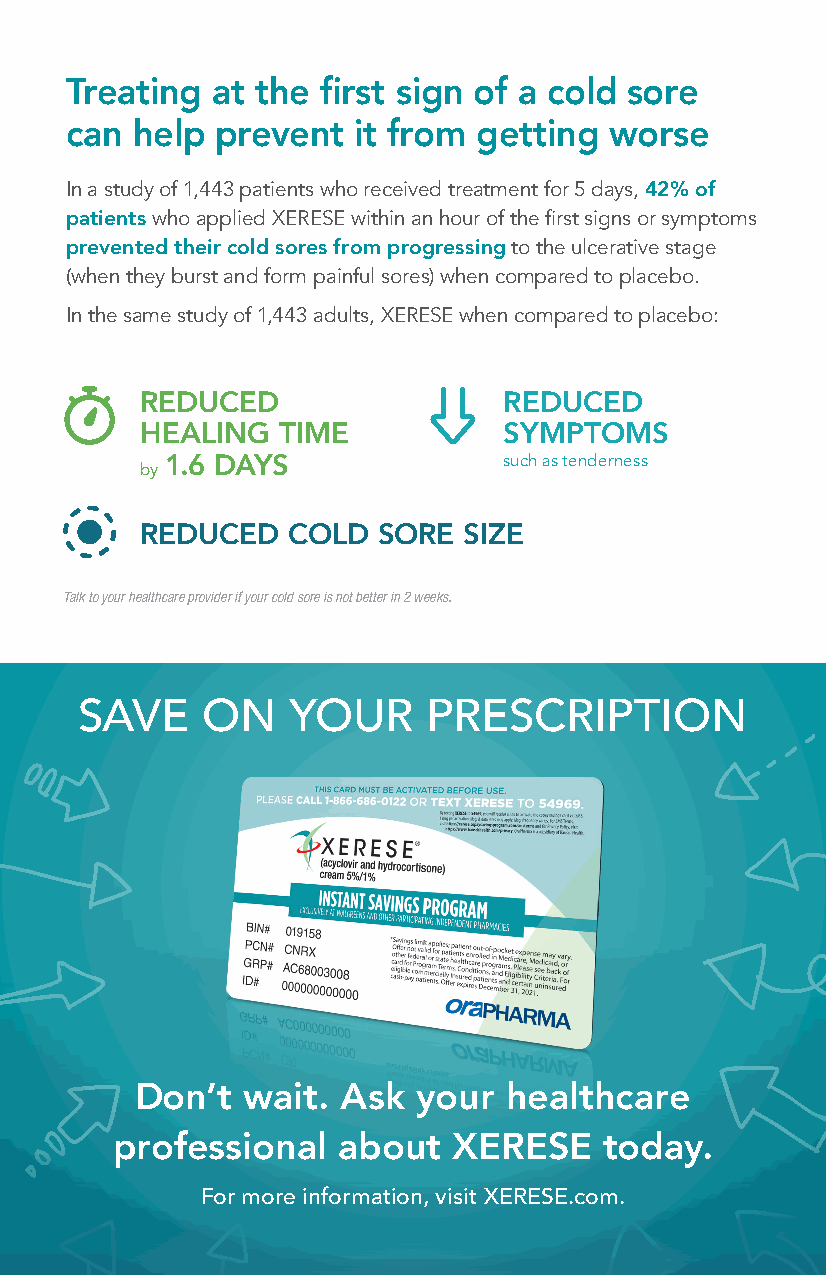
Treating  at the first sign of a cold sore
 can  help prevent  it from getting  worse
 In a study of 1,443 patients who received treatment for 5 days, 42% of
 patients who applied XERESE within an hour of the first signs or symptoms
 prevented their cold sores from progressing to the ulcerative stage
 (when they burst and form painful sores) when compared to placebo.
 In the same study of 1,443 adults, XERESE when compared to placebo:
 REDUCED                 REDUCED
 HEALING  TIME           SYMPTOMS
 by 1.6 DAYS             such as tenderness
 REDUCED   COLD  SORE  SIZE
 Talk to your healthcare provider if your cold sore is not better in 2 weeks.
 SAVE    ON    YOUR     PRESCRIPTION
 Don’t  wait.  Ask  your healthcare
 professional   about   XERESE    today.
 For more information, visit XERESE.com.